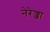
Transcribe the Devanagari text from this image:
नेरेज्जा